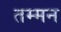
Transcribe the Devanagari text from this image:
तम्मन